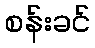
စန်းခင်